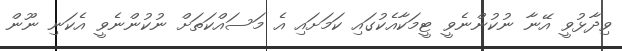
ވިދާޅުވީ އޭނާ ނުކުންނެވީ ޓީމަކާއެކުގައި ކަމަށައި އެ މަސައްކަތަށް ނުކުންނެވީ އެކަނި ނޫން